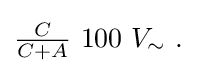
{\textstyle {\frac {C}{C+A}}\ 100\ V_{\sim }\ .}